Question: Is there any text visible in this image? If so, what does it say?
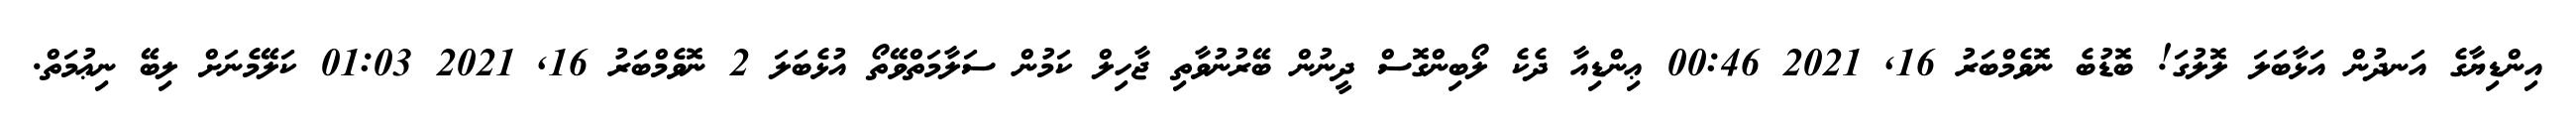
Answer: އިންޑިޔާގެ އަނދުން އަޅާބަލަ ލޮލުގަ! ބޮޑުބެ ނޮވެމްބަރު 16, 2021 00:46 ޢިންޑިއާ ދެކެ ލޯބިންގޮސް ދީނުން ބޭރުނުވާތި ޖާހިލް ކަމުން ސަލާމަތްވޭތޯ އުޅެބަލަ 2 ނޮވެމްބަރު 16, 2021 01:03 ކަލޭމެނަށް ލިބޭ ނިޢުމަތް.